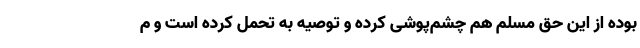
بوده از این حق مسلم هم چشم‌پوشی کرده و توصیه به تحمل کرده است و م